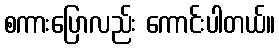
စကားပြောလည်း ကောင်းပါတယ်။